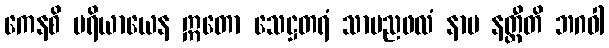
ကေနစိ ပရိယာယေန ဣတော သေဋ္ဌတရံ သာမညဖလံ နာမ နတ္ထီတိ ဘဂဝါ